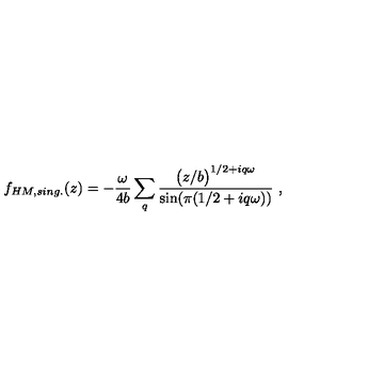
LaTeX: f _ { H M , s i n g . } ( z ) = - { \frac { \omega } { 4 b } } \sum _ { q } { \frac { \bigl ( { z / b } \bigr ) ^ { 1 / 2 + i q \omega } } { \mathrm { s i n } ( \pi ( 1 / 2 + i q \omega ) ) } } \ ,